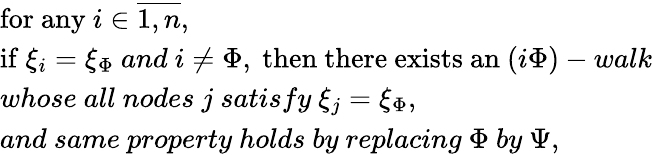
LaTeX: \begin{array}{l}{\mathrm{for~any}\ i\in\overline{{1,n}},}\\ {\mathrm{if~}\xi_{i}=\xi_{\Phi}\ {and}\ i\not=\Phi,\mathrm{~then~there~exists~an~}(i\Phi)-walk}\\ {whose\ all\ nodes\ j\ satisfy\ \xi_{j}=\xi_{\Phi},}\\ {and\ same\ property\ holds\ by\ replacing\ \Phi\ by\ \Psi,}\end{array}